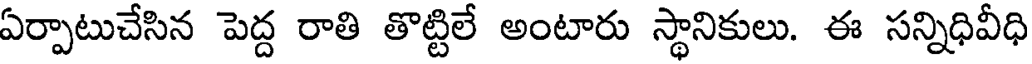
ఏర్పాటుచేసిన పెద్ద రాతి తొట్టిలే అంటారు స్థానికులు. ఈ సన్నిధివీధి